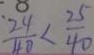
\frac { 2 4 } { 4 0 } < \frac { 2 5 } { 4 0 }